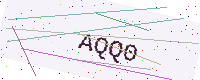
Text: AQQ0